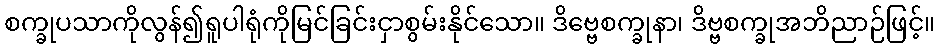
စက္ခုပသာကိုလွန်၍ရူပါရုံကိုမြင်ခြင်းငှာစွမ်းနိုင်သော။ ဒိဗ္ဗေစက္ခုနာ၊ ဒိဗ္ဗစက္ခုအဘိညာဉ်ဖြင့်။